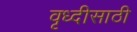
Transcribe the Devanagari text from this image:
वृध्दीसाठी